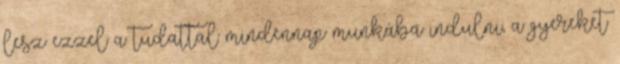
lesz ezzel a tudattal mindennap munkába indulni, a gyereket